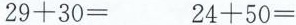
$$29+30= $$ $$24+50=$$